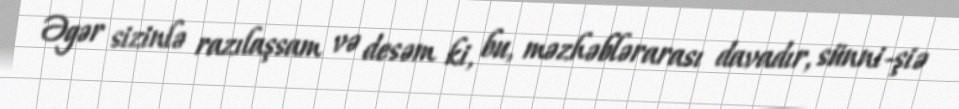
Əgər sizinlə razılaşsam və desəm ki, bu, məzhəblərarası davadır, sünni-şiə